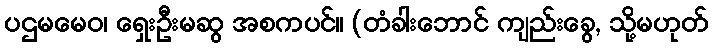
ပဌမမေဝ၊ ရှေးဦးမဆွ အစကပင်။ (တံခါးဘောင် ကျည်းခွေ, သို့မဟုတ်